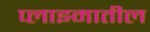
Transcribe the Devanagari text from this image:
प्लाझ्मातील